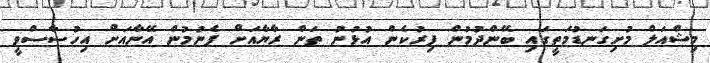
މިޝްއަލް މުށިގަނޑުމަތީގައި ބޭންދުމުން ފިރުކެން އުޅުނު ތަން ރާޔާއަށް ފެނުމުން އޭނާއަށް އިހުސާސްވީ